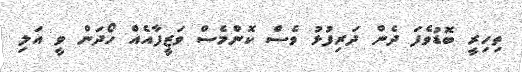
ތިހިރީ ބޮޑުވެފަ ދެން ދަރިފުޅު ވެސް ކޮންމެސް ވަޒީފާއެއް ހޯދަން ވީ އަލި